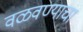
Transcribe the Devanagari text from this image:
वळवण्याचा